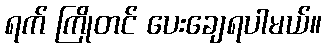
ရက် ကြိုတင် ပေးချေရပါမယ်။